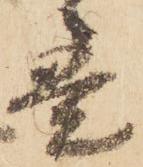
意